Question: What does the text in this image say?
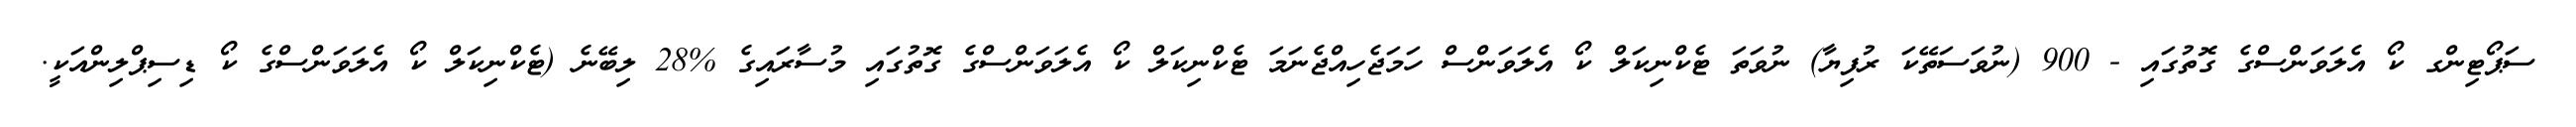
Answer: ސަޕޯޓިންގ ކޯ އެލަވަންސްގެ ގޮތުގައި - 900 (ނުވަސަތޭކަ ރުފިޔާ) ނުވަތަ ޓެކްނިކަލް ކޯ އެލަވަންސް ހަމަޖެހިއްޖެނަމަ ޓެކްނިކަލް ކޯ އެލަވަންސްގެ ގޮތުގައި މުސާރައިގެ %28 ލިބޭނެ (ޓެކްނިކަލް ކޯ އެލަވަންސްގެ ކޯ ޑިސިޕްލިންއަކީ.